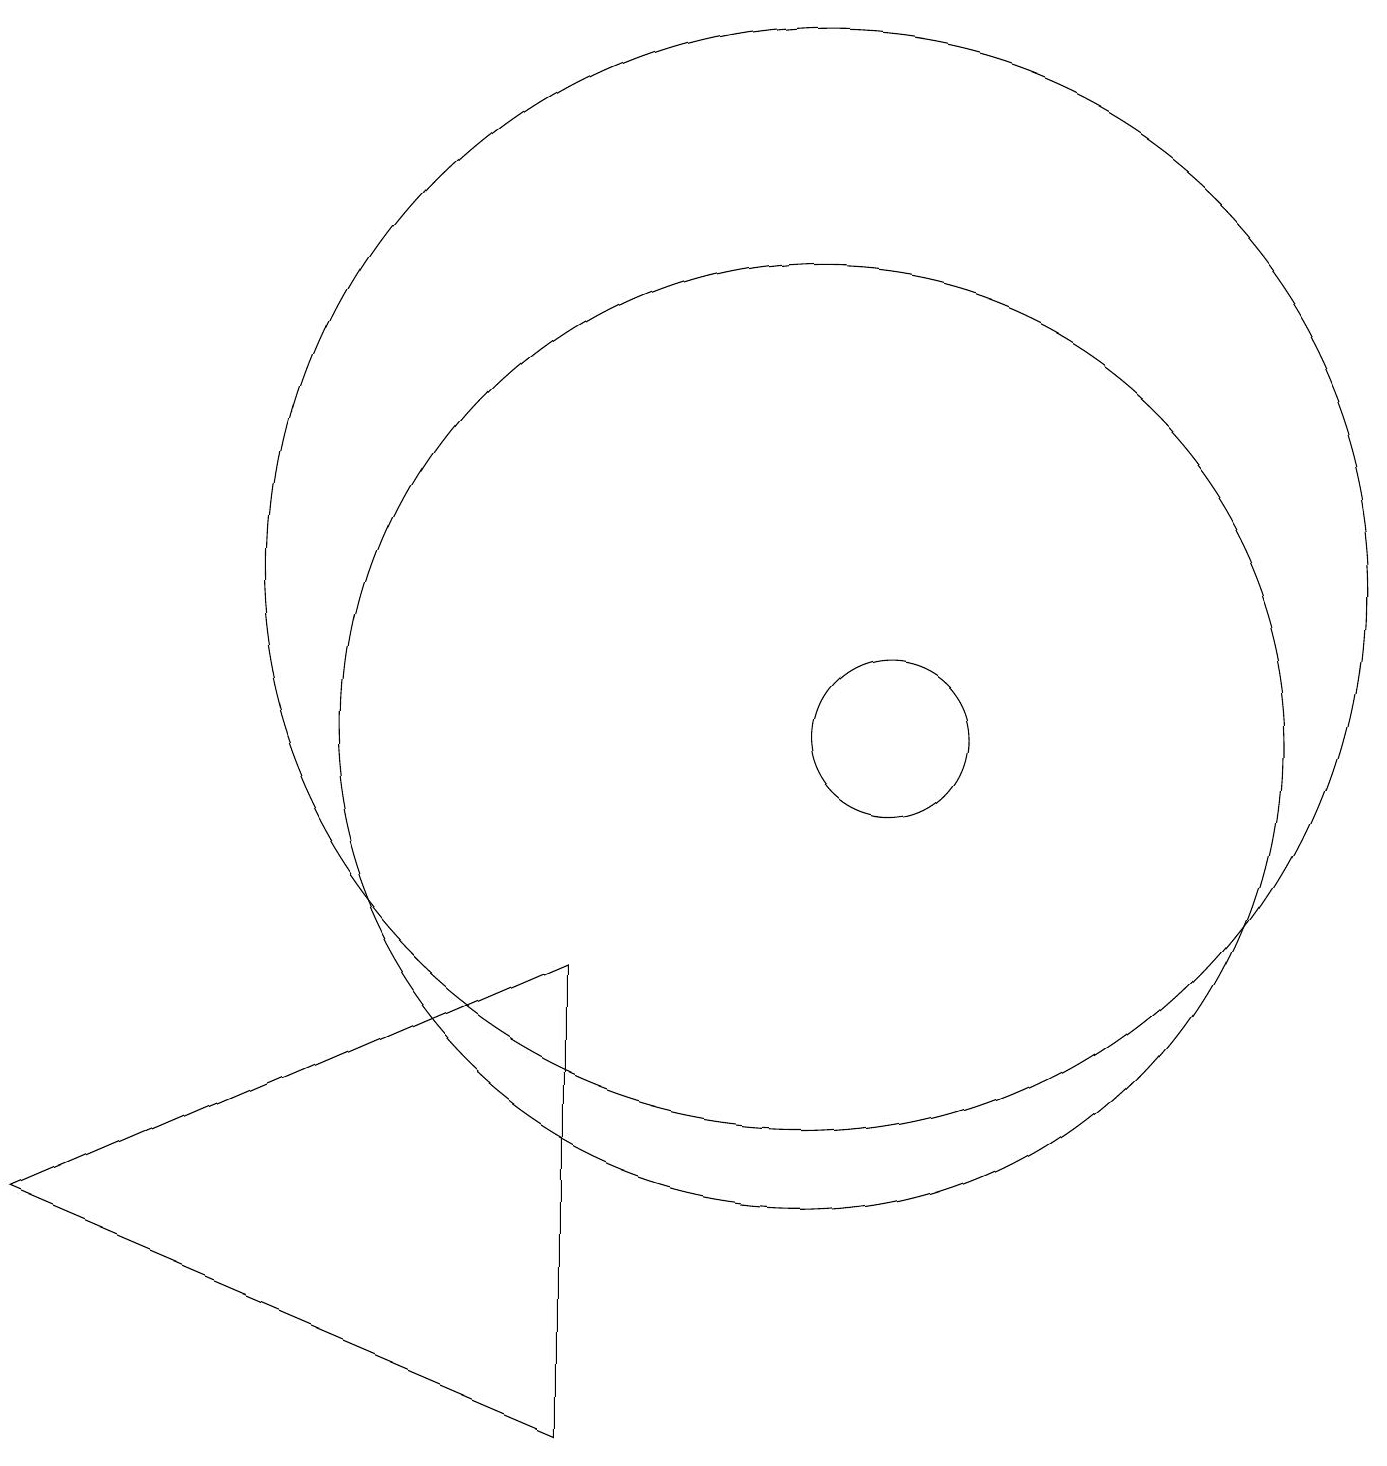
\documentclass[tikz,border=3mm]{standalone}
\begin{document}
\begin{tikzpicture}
\draw (11,12) circle (7);
\draw (1,4) -- (8,1) -- (8,7) -- cycle;
\draw (11,10) circle (6);
\draw (12,10) circle (1);
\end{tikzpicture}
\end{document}